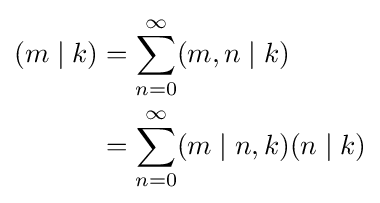
{\begin{aligned}(m\mid k)&=\sum _{n=0}^{\infty }(m,n\mid k)\\&=\sum _{n=0}^{\infty }(m\mid n,k)(n\mid k)\end{aligned}}